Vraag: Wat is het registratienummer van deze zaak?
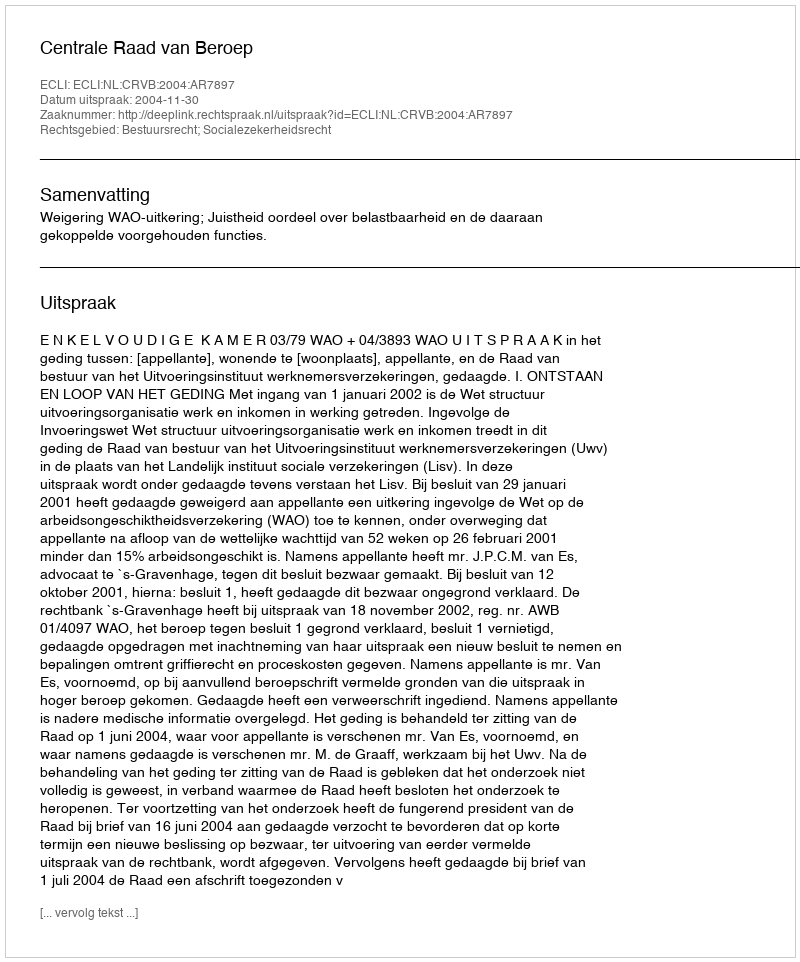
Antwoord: http://deeplink.rechtspraak.nl/uitspraak?id=ECLI:NL:CRVB:2004:AR7897